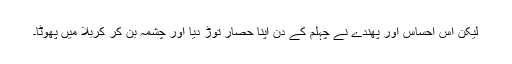
لیکن اِس احساس اور پهندے نے چہلم کے دن اپنا حصار توڑ دیا اور چشمہ بن کر کربلا میں پهوٹا۔